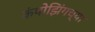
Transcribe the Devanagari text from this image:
कंपोझिंगच्या